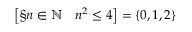
\left[ \S n \in \mathbb { N } \quad n ^ { 2 } \leq 4 \right] = \{ 0 , 1 , 2 \}